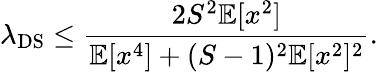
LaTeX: \lambda_{\mathrm{DS}}\leq\frac{2S^{2}\mathbb{E}[x^{2}]}{\mathbb{E}[x^{4}]+(S-1)^{2}\mathbb{E}[x^{2}]^{2}}.